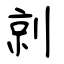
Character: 剠